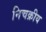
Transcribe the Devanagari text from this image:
निचक्रीय